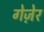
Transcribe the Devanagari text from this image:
गेज़ेर